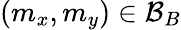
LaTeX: (m_{x},m_{y})\in\mathcal{B}_{B}